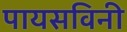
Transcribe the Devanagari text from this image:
पायसविनी